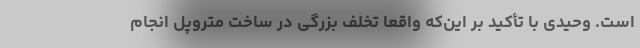
است. وحیدی با تأکید بر این‌که واقعاً تخلف بزرگی در ساخت متروپل انجام